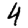
Digit: 4